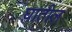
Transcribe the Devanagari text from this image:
घातील